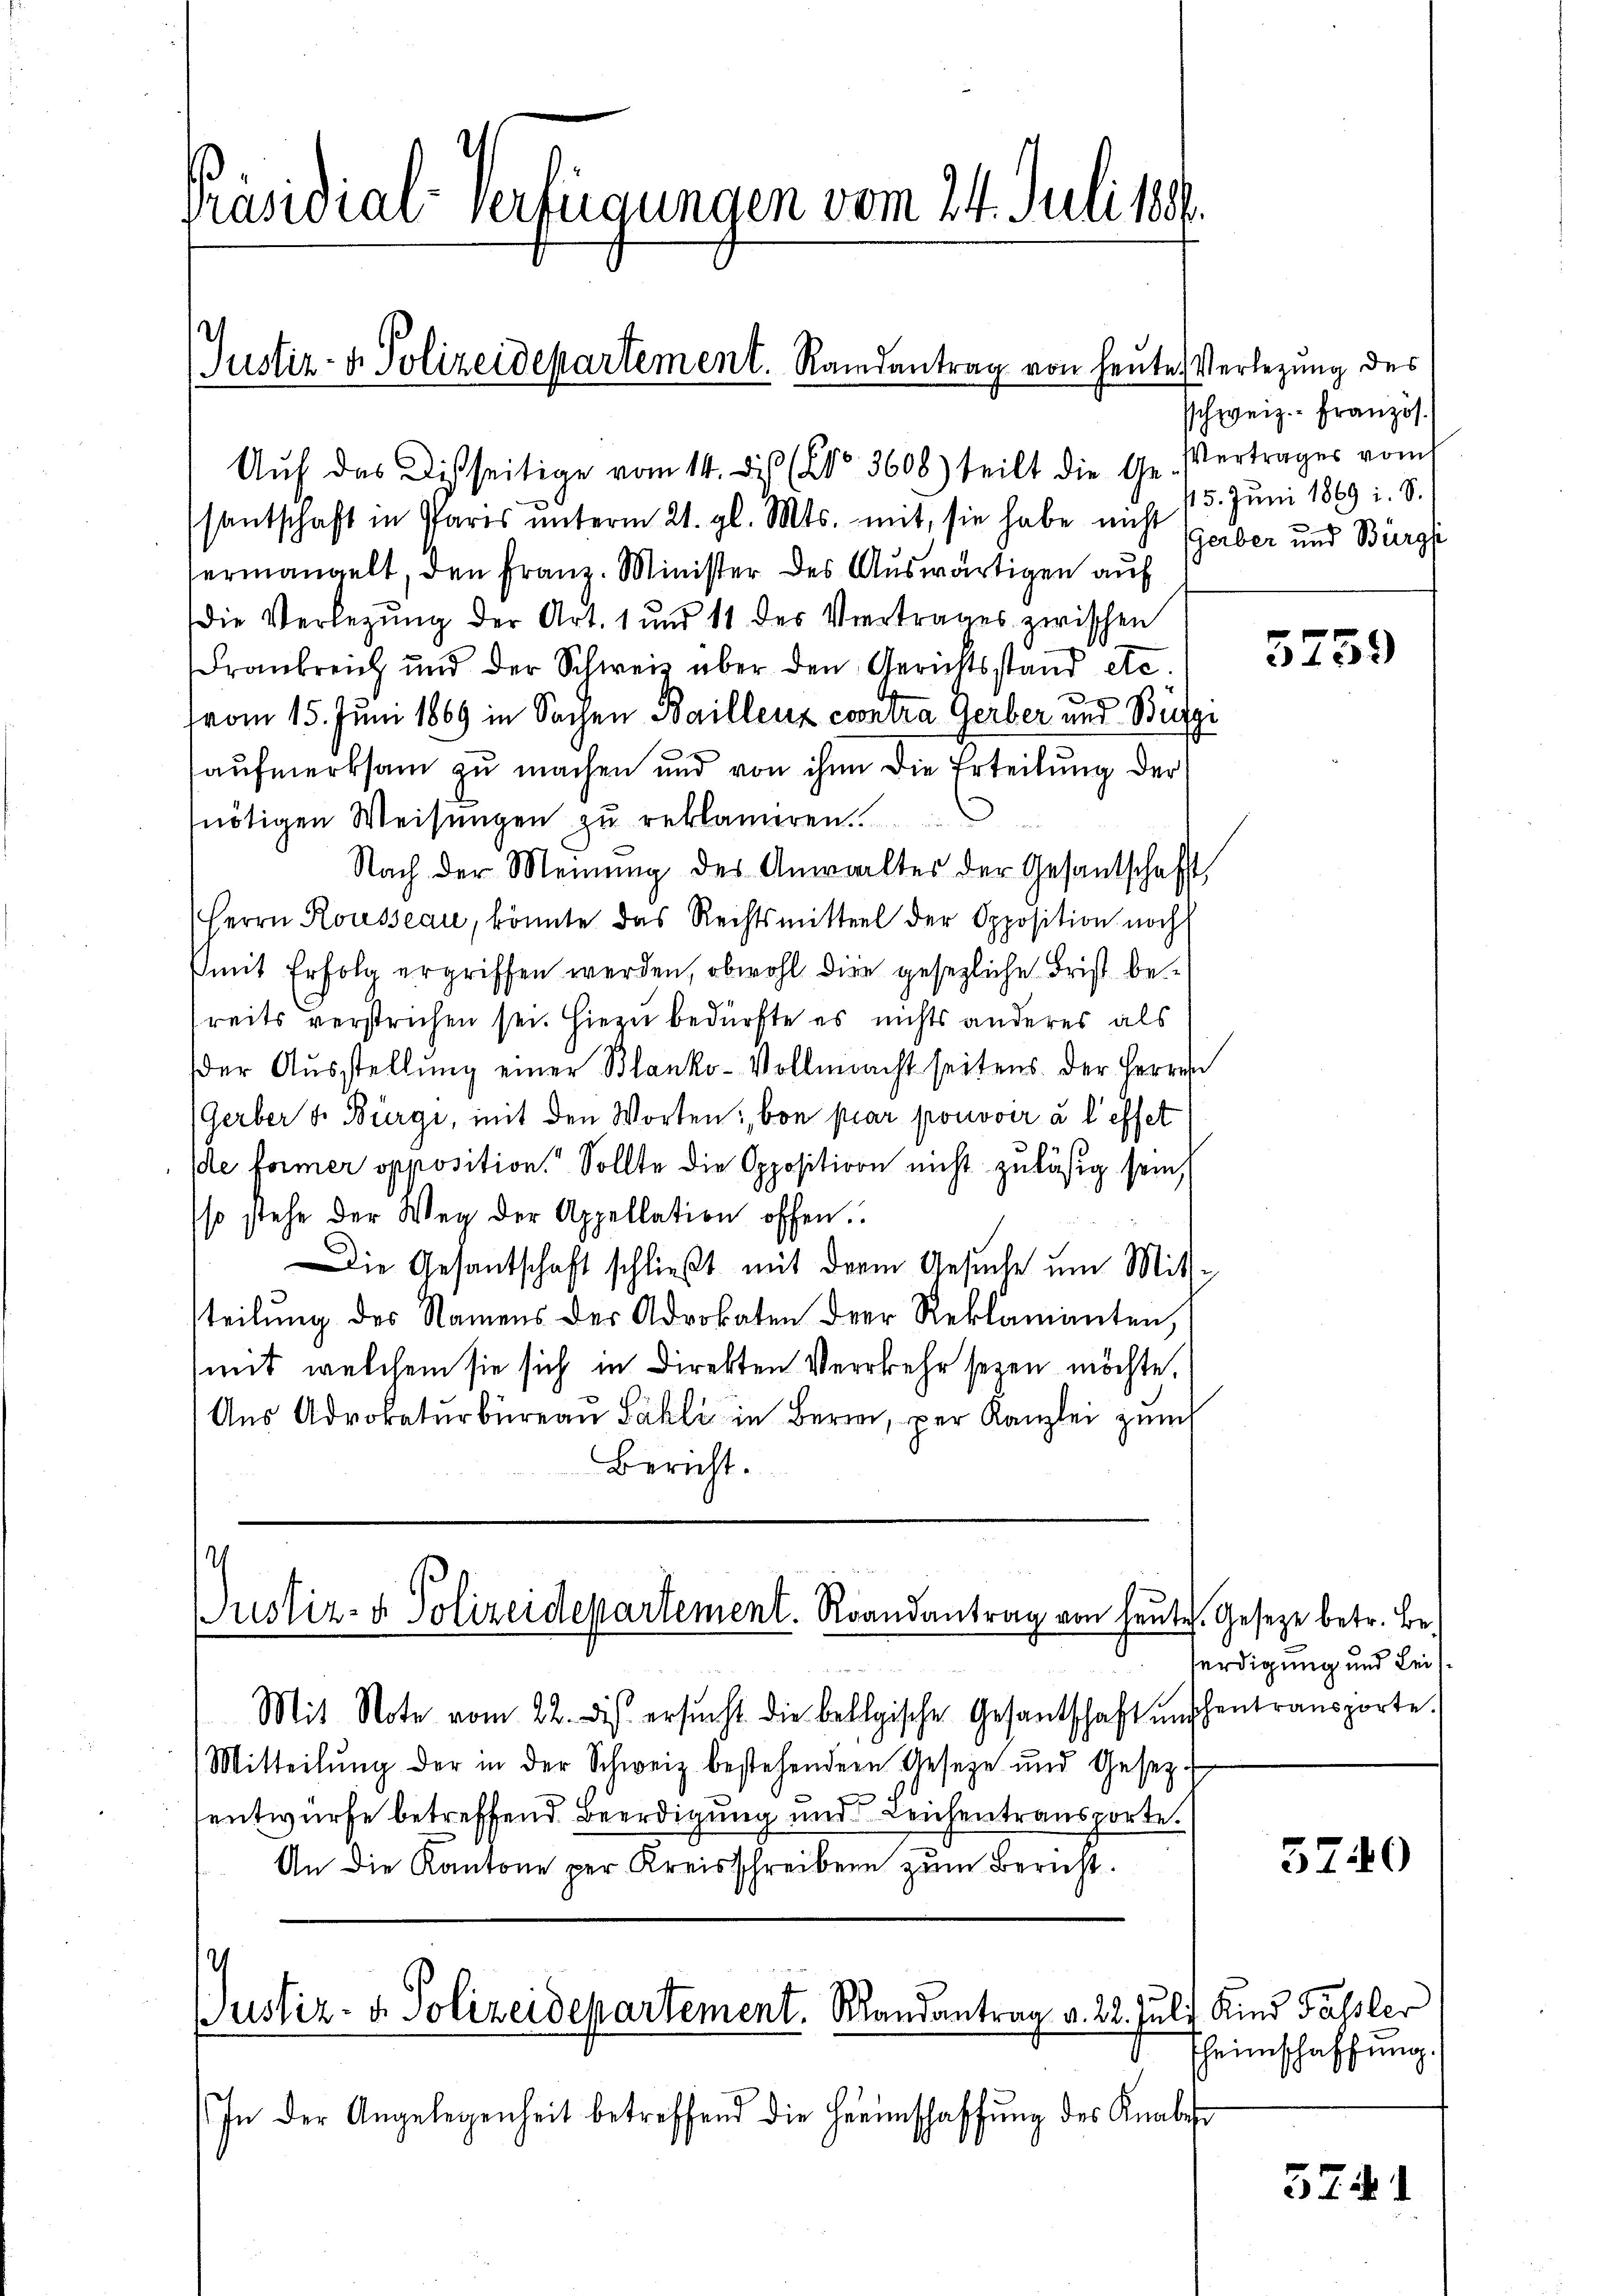
Präsidial verfügungen vom 24. Juli 1886.
Justiz- & Polizeidepartement. Randantrag von heute Verlegung des

Aŭf das Disseitige vom 14. di (Co. 3608) teilt die Ge- Vertrages vom
santschaft in Paris unterm 21. gl. Mts. mit, sie habe nicht (gerber und Bürgs
ermangelt, den Franz. Minister des Auswärtigen auf
Die Verlegung der Art. 1 und 11 des Vertrages zwischen
Frankreich und der Schweiz über den Gerichtsstand etc.
s
vom 15. Juni 1869 in Sachen Baillenz coontra Gerber und Bürgi
aufmerksam zu machen und von ihn die Erteilung der
nötigen Weisungen zu reklamiren.
Nach der Meinŭng des Anwaltes der Gesantschaft,
Herrn Rousseau, könnte das Rechtsmittel der Opposition noch
mit Erfolg ergriffen werden, obwohl die gesezliche Frist bereits verstrichen sei. Hiezu bedürfte es nichts anderes als
der Aŭsstellŭng einer Blanko-Vollmacht seitens. Der Herren
Gerber u. Bürgi, mit den Worten: von par pronover à l’effet
de former opposition. Sollte die Opposition nicht zuläßig sein,
so stehe der Weg der Appellation offen.
Die Gesantschaft schließt mit der Gesuche um Mit-
steilung des Namens der Advokaten der Reklamanten,
mit, welchem sie sich in Direkten Verkehr seyen möchte.
Aus Advokaturbüreau Sahli in Bern, per Kanzlei zum
Bericht.

I
Justiz- & Polizeidepartement. Randantrag von heute. Gesetze betr. Be-

Justiz- & Polizeidepartement. Randantrag v. 28. Juli Kind Fassler

Mit Note vom 22. ds. ersŭcht die belgische Gesantschaft unschentransporte.
Mitteilŭng der in der Schweiz bestehenden Geseze und Gesetz-
sentwurfe betreffend Beerdigung und Leichentransporte.
An die Kantone per Kreisschreiben zum Bericht.

schweiz.- Französ.
15. Juni 1869 i. S.

In der Angelegenheit betreffend die Heimschaffŭng des Knabest

5759

ürdigung und Lei¬

5740

heimschaffung.

5241